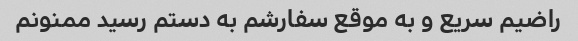
راضیم سریع و به موقع سفارشم به دستم رسید ممنونم